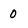
Character: 0